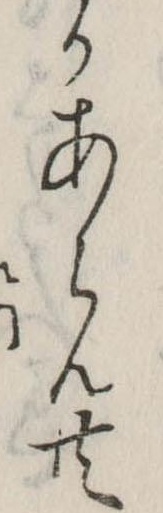
かあらん共